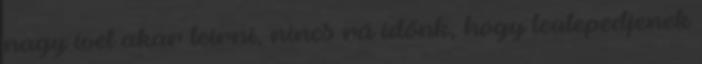
nagy ívet akar leírni, nincs rá időnk, hogy leülepedjenek